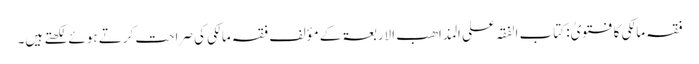
فقہ مالکی کا فتویٰ: کتاب الفقہ علی المذاھب الاربعۃ کے مؤلف فقہ مالکی کی صراحت کرتے ہوئے لکھتے ہیں۔